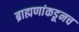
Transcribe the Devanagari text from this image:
ब्राह्मणांकडूनच